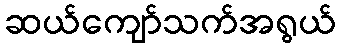
ဆယ်ကျော်သက်အရွယ်